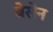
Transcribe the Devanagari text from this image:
बेसेन